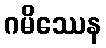
ဂမိဿေန